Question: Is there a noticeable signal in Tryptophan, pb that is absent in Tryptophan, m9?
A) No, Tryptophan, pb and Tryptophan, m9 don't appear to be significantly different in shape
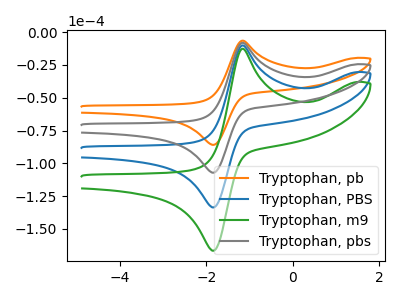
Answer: <think>The orange curve "Tryptophan, pb" has an anodic peak at (-1.15V, -6.55uA) and a cathodic peak at (-1.85V, -85.85uA). The blue curve "Tryptophan, PBS" has an anodic peak at (-1.15V, -16.30uA) and a cathodic peak at (-1.85V, -214.15uA). The green curve "Tryptophan, m9" has an anodic peak at (-1.15V, -24.50uA) and a cathodic peak at (-1.85V, -321.25uA). The gray curve "Tryptophan, pbs" has an anodic peak at (-1.15V, -8.15uA) and a cathodic peak at (-1.85V, -107.10uA).
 All the peaks in "Tryptophan, pb" have a peak in "Tryptophan, m9" at the same potential.</think>
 <answer>A) No, "Tryptophan, pb" and "Tryptophan, m9" don't appear to be significantly different in shape</answer>
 <eval>A</eval>